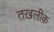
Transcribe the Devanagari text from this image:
तख़लीक़